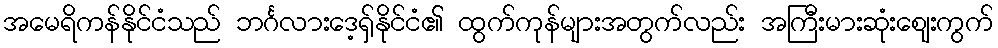
အမေရိကန်နိုင်ငံသည် ဘင်္ဂလားဒေ့ရှ်နိုင်ငံ၏ ထွက်ကုန်များအတွက်လည်း အကြီးမားဆုံးဈေးကွက်